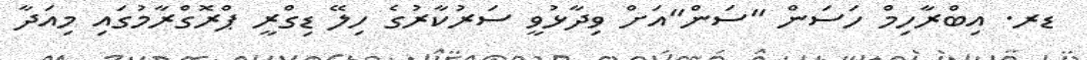
ޑރ. އިބްރާހިމް ހަސަން "ސަން"އަށް ވިދާޅުވީ ސަރުކާރުގެ ހިލޭ ޑިގްރީ ޕްރޮގްރާމުގައި މިއަދާ